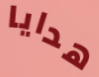
هدايا